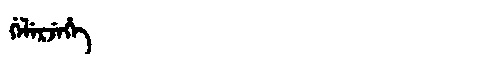
Manchu: ᡤᡝᠯᡝᡵᠵᡝᡥᡝ
Romanization: GELERJEHE